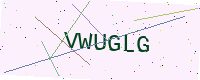
Text: VWUGLG